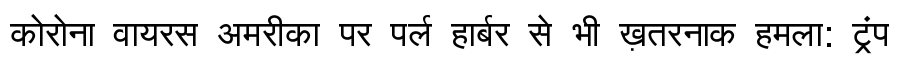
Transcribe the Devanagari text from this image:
कोरोना वायरस अमरीका पर पर्ल हार्बर से भी ख़तरनाक हमला: ट्रंप